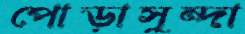
পোড়াসুন্দা